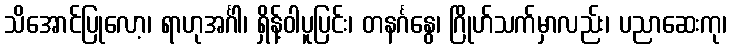
သိအောင်ပြုလော့၊ ရာဟုအင်္ဂါ၊ ရှိန့်ဝါပူပြင်း၊ တနင်္ဂနွေ၊ ဂြိုဟ်သက်မှာလည်း၊ ပညာဆေးကု၊